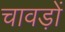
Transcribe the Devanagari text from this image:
चावड़ों